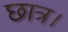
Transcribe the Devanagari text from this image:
छात्र।